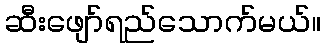
ဆီးဖျော်ရည်သောက်မယ်။